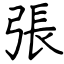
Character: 張